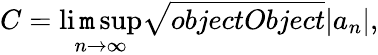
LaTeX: C=\operatorname*{li\mathtt{m}sup}_{n\rightarrow\infty}{\sqrt{{{objectObject}}}{{|a_{n}|}}},